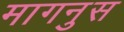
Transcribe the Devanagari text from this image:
मागनुस